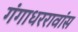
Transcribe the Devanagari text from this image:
गंगाधररावांस